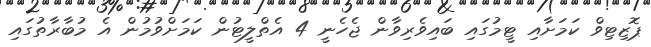
ޕޮޒިޓިވް ކަމަށާއި ޓީމުގައި ބައިވެރިވާން ޖެހެނީ 4 އެތްލީޓުން ކަމަށްވުމުން އެ މުބާރާތުގައި